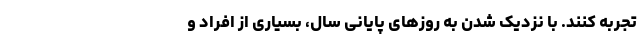
تجربه کنند. با نزدیک شدن به روزهای پایانی سال، بسیاری از افراد و